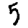
Digit: 5